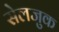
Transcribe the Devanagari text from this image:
सेलजुक